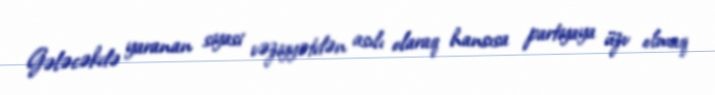
Gələcəkdə yaranan siyasi vəziyyətdən asılı olaraq hansısa partiyaya üzv olmaq